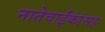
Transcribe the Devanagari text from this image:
नातेवाईंकांंसह